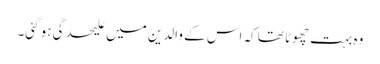
وہ بہت چھوٹا تھا کہ اس کے والدین میں علیحدگی ہو گئی۔